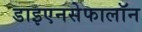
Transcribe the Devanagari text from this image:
डाइएनसेफालॉन